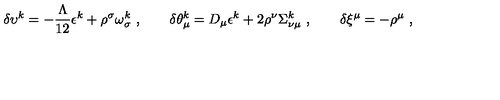
\delta \upsilon ^ { k } = - \frac { \Lambda } { 1 2 } \epsilon ^ { k } + \rho ^ { \sigma } \omega _ { \sigma } ^ { k } \ , \qquad \delta \theta _ { \mu } ^ { k } = D _ { \mu } \epsilon ^ { k } + 2 \rho ^ { \nu } \Sigma _ { \nu \mu } ^ { k } \ , \qquad \delta \xi ^ { \mu } = - \rho ^ { \mu } \ ,